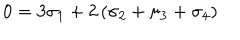
LaTeX: 0 = 3 \sigma _ { 1 } + 2 \left( \sigma _ { 2 } + \sigma _ { 3 } + \sigma _ { 4 } \right)